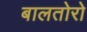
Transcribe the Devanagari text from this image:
बालतोरो